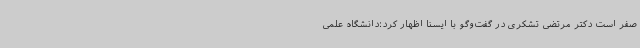
صفر است دکتر مرتضی تشکری در گفت‌وگو با ایسنا اظهار کرد:دانشگاه علمی